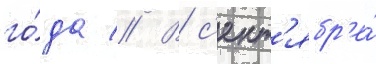
го́да // В с'ент'ябр'е́